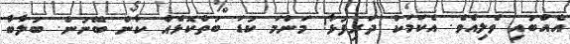
އެއްބައި ވެލިއެވެ. އެކަމަކު ދަރިފުޅާ! މަންމަ ކުޑަ ބަތްކޮޅެއް ކާން ބޭނުން. ބަލާބާ